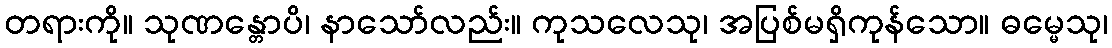
တရားကို။ သုဏန္တောပိ၊ နာသော်လည်း။ ကုသလေသု၊ အပြစ်မရှိကုန်သော။ ဓမ္မေသု၊